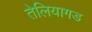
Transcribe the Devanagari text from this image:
तेलियागड